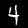
Digit: 4